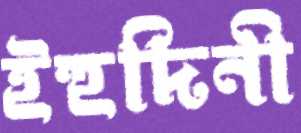
ইহুদিনী